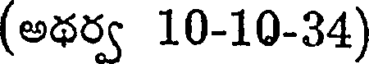
(అథర్వ 10-10-34)